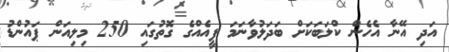
އަދި އޭނާ އެހެން ކްލަބަކަށް ބަދަލުވާނަމަ ފީއެއްގެ ގޮތުގައި 250 މިލިއަން ޕައުންޑު